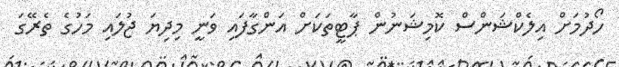
ހޯދުމަށް އިލެކްޝަންސް ކޮމިޝަނުން ޕާޓީތަކަށް އަންގާފައި ވަނީ މިދިޔަ ޖުލައި މަހުގެ ތެރޭގަ